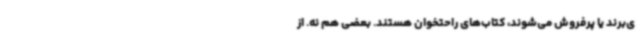
ی‌برند یا پرفروش می‌شوند، کتاب‌های راحتخوان هستند. بعضی هم نه. از